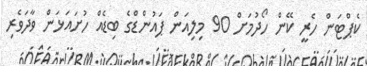
ކެޕްޓަން ހެރީ ކޭން ހޯދުމަށް 90 މިލިއަން ޕައުންޑްގެ ބިޑެއް ހުށައަޅަން ވާދަވެރި